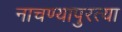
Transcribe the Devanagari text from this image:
नाचण्यापुरत्या